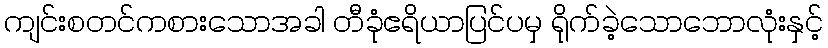
ကျင်းစတင်ကစားသောအခါ တီခုံဧရိယာပြင်ပမှ ရိုက်ခဲ့သောဘောလုံးနှင့်